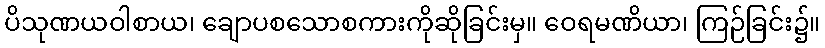
ပိသုဏယဝါစာယ၊ ချောပစသောစကားကိုဆိုခြင်းမှ။ ဝေရမဏိယာ၊ ကြဉ်ခြင်း၌။